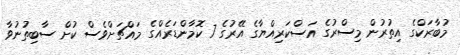
މުބާރަކްގެ އިތުރުން މިސްރުގެ އަސްކަރިއްޔާގެ އޭރުގެ 7 ކޮމާންޑަރެއްގެ މައްޗަށްވެސް ކުށް ސާބިތުނުވާ